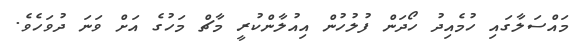
މައްސަލާގައި ހުމެއިދު ހޯދަން ފުލުހުން އިއުލާންކުރީ މާޗް މަހުގެ އަށް ވަނަ ދުވަހެވެ.